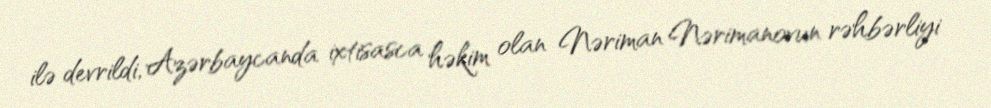
ilə devrildi, Azərbaycanda ixtisasca həkim olan Nəriman Nərimanovun rəhbərliyi